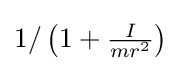
1/\left(1+{\tfrac {I}{mr^{2}}}\right)